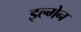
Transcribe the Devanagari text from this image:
इल्मेन